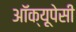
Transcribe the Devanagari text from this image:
अॉक्यूपेसी